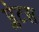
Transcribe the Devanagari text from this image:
प्लेटस